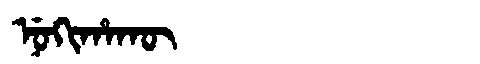
Manchu: ᠨᡠᡴᡳᡥᠠᡴᡡ
Romanization: NUKIHAKŪ